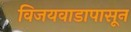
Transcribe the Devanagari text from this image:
विजयवाडापासून